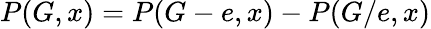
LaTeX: P(G,x)=P(G-e,x)-P(G/e,x)